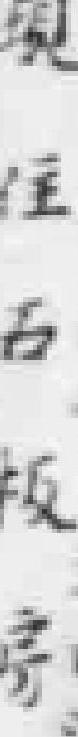
現住石板房